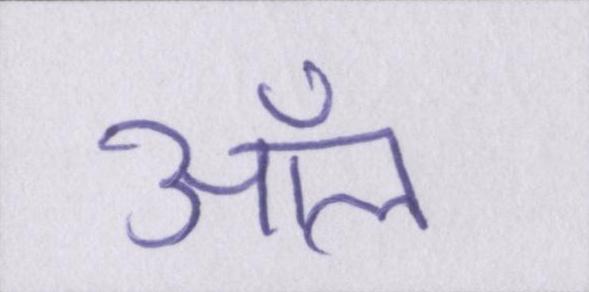
ऑल